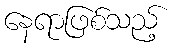
နေရာဖြစ်သည့်